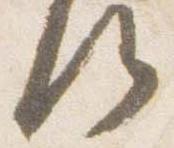
候